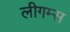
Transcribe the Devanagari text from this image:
लीगम्स